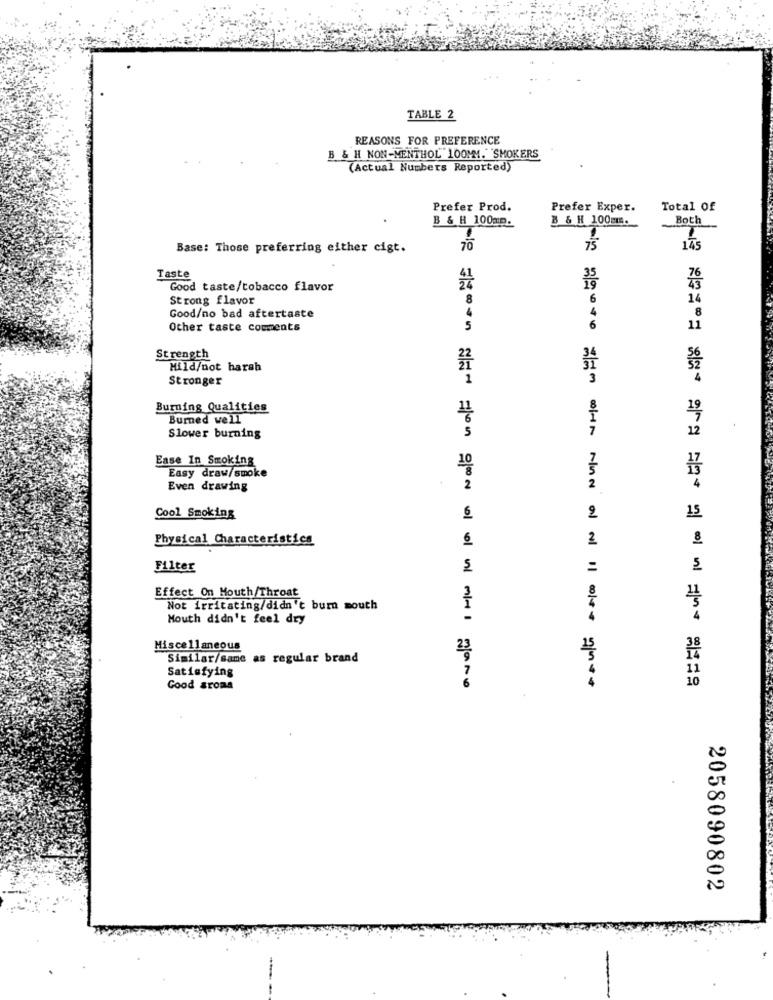
TABLE 2
REASONS FOR PREFERENCE
B & H NON-MENTHOL 100MM. SMOKERS
(Actual Numbers Reported)
Prefer Prod.
Prefer Exper.
Total Of
B & H 100mm.
B & H 100mm.
Both
Base: Those preferring either cigt.
70
175
Taste
76
Good taste/tobacco flavor
Strong flavor
8
6
14
4
Good/no bad aftertaste
4
8
Other taste comments
5
6
11
Strength
22
Mild/not harsh
Stronger
1
3
Burning Qualities
Burned well
11
Slower burning
5
12
Ease In Smoking
Easy draw/smoke
10
2
Even drawing
2
15
Cool Smoking
6
2
W/Hr NUN ON
Physical Characteristics
2
Filter
Effect On Mouth/Throat
8
1
Not irritating/didn't burn mouth
Mouth didn't feel dry
Miscellaneous
23
Similar/same as regular brand
Satisfying
Good aroma
2058090802
-